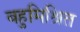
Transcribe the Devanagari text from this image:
बहुमिश्रित